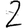
Digit: 2